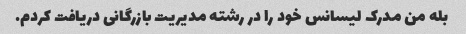
بله من مدرک لیسانس خود را در رشته مدیریت بازرگانی دریافت کردم.